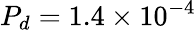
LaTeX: P_{d}=1.4\times 10^{-4}